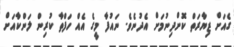
ގެއަށް ޒިޔާރަތް ކޮށްދިނުމަށް އެދުނެވެ. ނައުފާ މީގެ އެއް ހަފްތާ ކުރިން ލަންކާއަށް